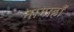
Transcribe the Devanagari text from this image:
नागाहाँ